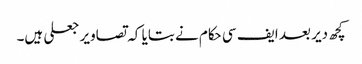
کچھ دیر بعد ایف سی حکام نے بتایا کہ تصاویر جعلی ہیں۔